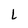
Character: L